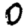
Digit: 0